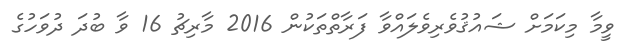
ވީމާ މިކަމަށް ޝައުޤުވެރިވެލައްވާ ފަރާތްތަކުން 2016 މާރިޗު 16 ވާ ބުދަ ދުވަހުގެ